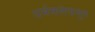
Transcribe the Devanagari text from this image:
धर्मसत्तेपासून